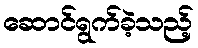
ဆောင်ရွက်ခဲ့သည့်